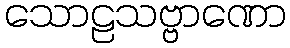
သောဠသဗ္ဗာဏော